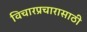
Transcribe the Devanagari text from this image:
विचारप्रचारासाठी